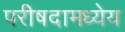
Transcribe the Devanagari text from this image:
परीषदामध्येय